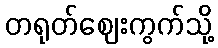
တရုတ်ဈေးကွက်သို့